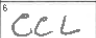
Transcription: CCL